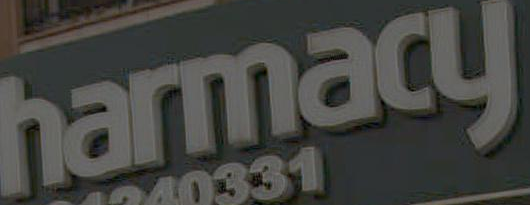
harmacy